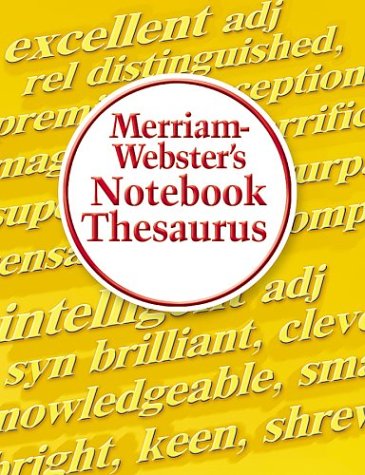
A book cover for Merriam-Webster's Notebook Thesaurus; Merriam-Webster; Reference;